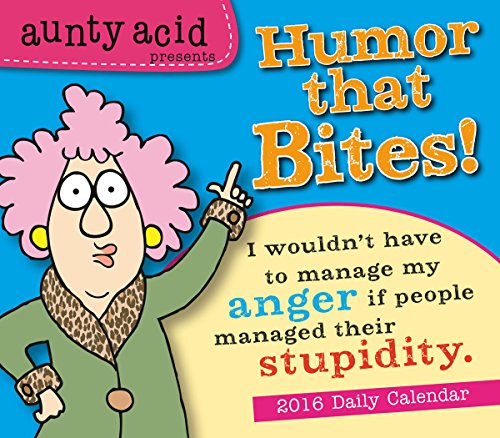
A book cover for Aunty Acid - Presents Humor that Bites! 2016 Boxed/Daily Calendar; Backland Studio; Calendars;